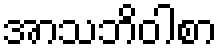
အာသဘိဝါစာ